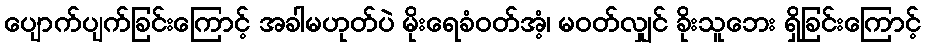
ပျောက်ပျက်ခြင်းကြောင့် အခါမဟုတ်ပဲ မိုးရေခံဝတ်အံ့၊ မဝတ်လျှင် ခိုးသူဘေး ရှိခြင်းကြောင့်